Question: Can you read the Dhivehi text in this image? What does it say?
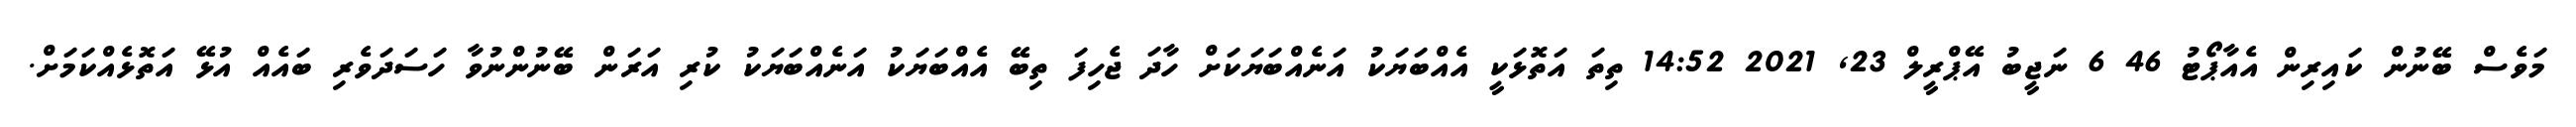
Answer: މަވެސް ބޭނުން ކައިރިން އެއާޕޯޓު 46 6 ނަޖީބު އޭޕްރީލް 23, 2021 14:52 ތިތަ އަތޮޅަކީ އެއްބަޔަކު އަނެއްބަޔަކަށް ހާދަ ޖެހިފަ ތިބޭ އެއްބަޔަކު އަނެއްބަޔަކު ކުރި އަރަން ބޭނުންނުވާ ހަސަދަވެރި ބައެއް އުޅޭ އަތޮޅެއްކަމަށް.